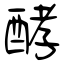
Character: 酵